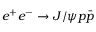
e ^ { + } e ^ { - } \to J / \psi p \bar { p }